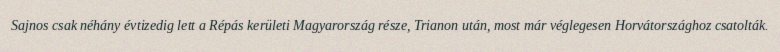
Sajnos csak néhány évtizedig lett a Répás kerületi Magyarország része, Trianon után, most már véglegesen Horvátországhoz csatolták.